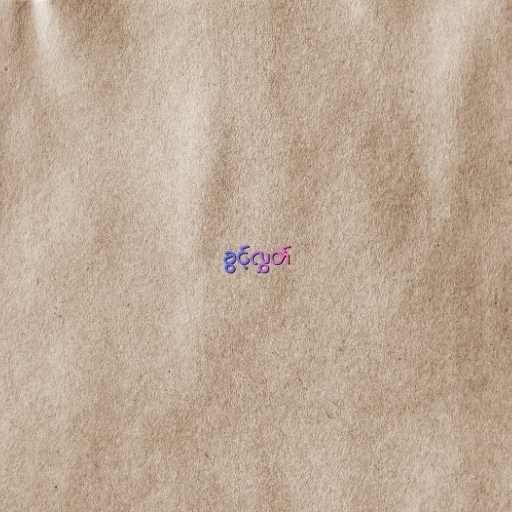
ခွင့်လွှတ်